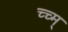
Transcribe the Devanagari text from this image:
च्च्म्